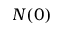
N ( 0 )